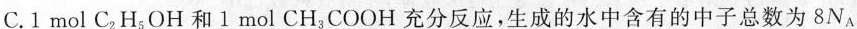
C.1mol C_{2}H_{5}OH和1mol CH_{3}COOH充分反应，生成的水中含有的中子总数为8N_{A}